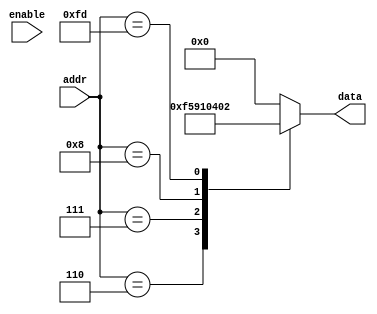
module my_rom(
	      input wire enable,
	      input wire[15:0] addr,
	      output reg[7:0] data
      );
   always @* begin
      case (addr)
	16'h0000: data = 8'h00; //nop
	16'h0001: data = 8'h00; //
	16'h0002: data = 8'h00; //
	16'h0003: data = 8'h00; //
	16'h0004: data = 8'h00; //
	16'h0005: data = 8'h00; //
	16'h0006: data = 8'hF5; //mov 91, A
	16'h0007: data = 8'h91; //----^^
	16'h0008: data = 8'h04; // inc a
 	16'h0009: data = 8'h00; // ljmp
	16'h000A: data = 8'h00; 
	16'h000B: data = 8'h00; // nop
	16'h000C: data = 8'h00; // nop
	16'h000D: data = 8'h00; // nop
	16'h000E: data = 8'h00; // imm16 1/2
	16'h000F: data = 8'h00; // imm16 2/2
	default: data = 8'h00;
	16'h00FD: data = 8'h02;
	16'h00FE: data = 8'h00;
	16'h00FF: data = 8'h00;
	
      endcase // case (addr)      
   end // always @ *


endmodule // my_rom


// TEST CODE: mov 90, A; inc A, noppad until 0dh; ljmp 0000;
//  f5 90 04 02
//  00 00 00 00
//  00 00 00 00 
//  00 02 00 00